Document type: Acquittance
Year: 1296
Scribe: Jaume de Malví
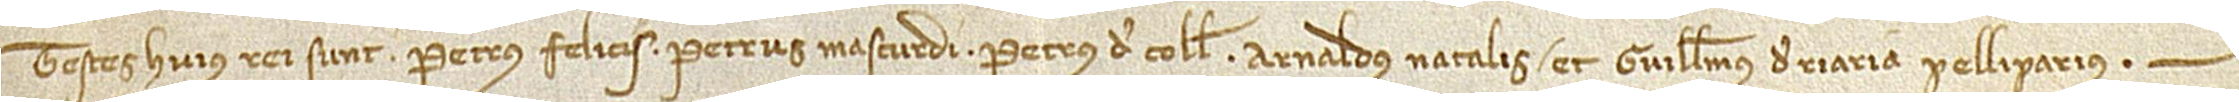
Testes huius rei sunt: Petrus Felicis, Petrus Mascurdi, Petrus de Colle, Arnaldus et Guillelmus de Riaria, pelliparius.